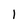
Character: 1